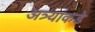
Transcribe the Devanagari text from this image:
अत्र्यांकडे